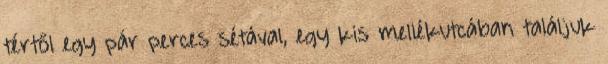
tértől egy pár perces sétával, egy kis mellékutcában találjuk